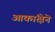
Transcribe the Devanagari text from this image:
आकांक्षेने